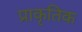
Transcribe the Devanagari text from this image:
प्राकृतिक